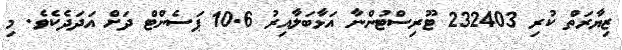
ޒިޔާރަތް ކުރި 232403 ޓޫރިސްޓުންނާ އަޅާބަލާއިރު 10.6 ޕަސެންޓް ދަށް އަަދަދެކެވެ. މި